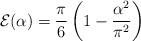
LaTeX: \begin{align*}{\cal E}(\alpha)= {\pi\over 6}\left(1-{\alpha^2\over\pi^2}\right)\end{align*}